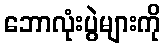
ဘောလုံးပွဲများကို